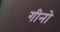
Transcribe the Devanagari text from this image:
गीनो